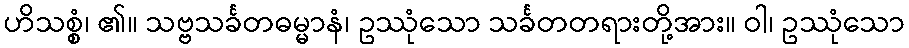
ဟိသစ္စံ၊ ၏။ သဗ္ဗသင်္ခတဓမ္မာနံ၊ ဥဿုံသော သင်္ခတတရားတို့အား။ ဝါ၊ ဥဿုံသော